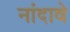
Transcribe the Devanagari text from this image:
नांदावे